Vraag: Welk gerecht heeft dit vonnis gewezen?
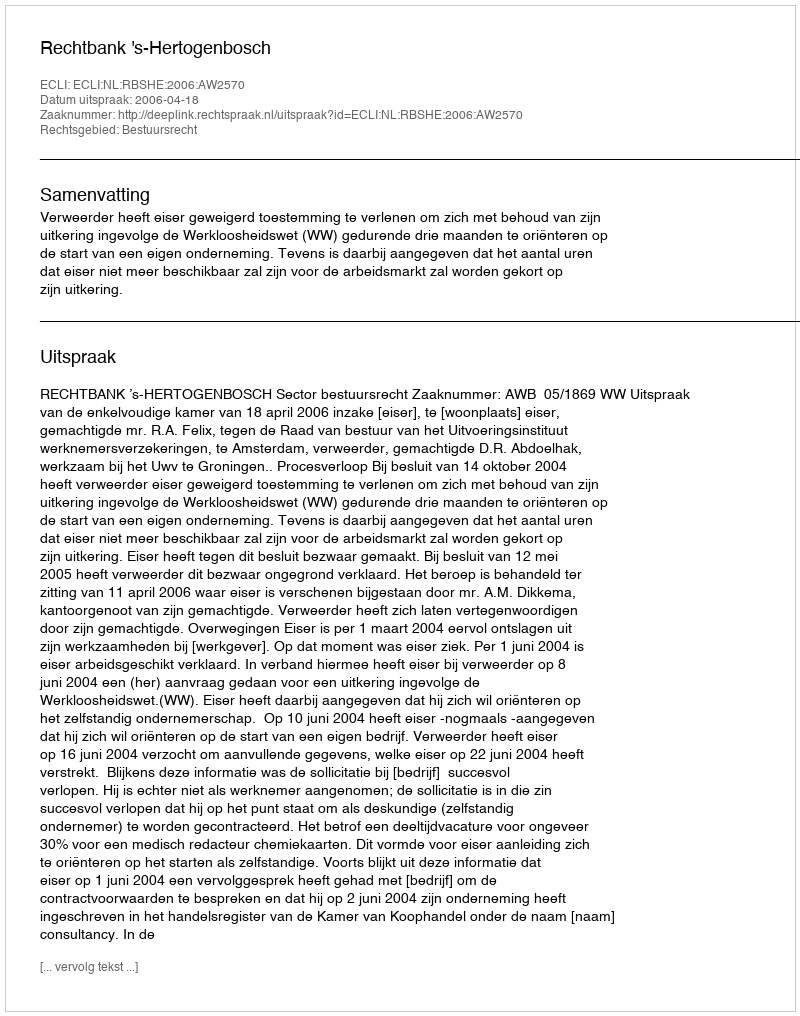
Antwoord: Rechtbank 's-Hertogenbosch